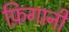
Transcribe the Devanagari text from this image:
फ़िगानी